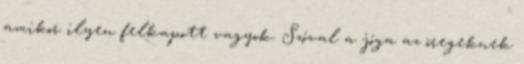
amikor ilyen felkapott vagyok. Szóval a jóga az öregeknek